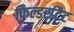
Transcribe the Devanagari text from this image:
फिल्डर्सटैट